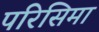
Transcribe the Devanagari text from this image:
परिसिमा